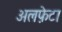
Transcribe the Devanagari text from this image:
अलफ़ेटा